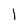
Character: I